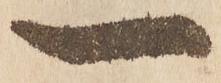
一